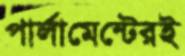
পার্লামেন্টেরই